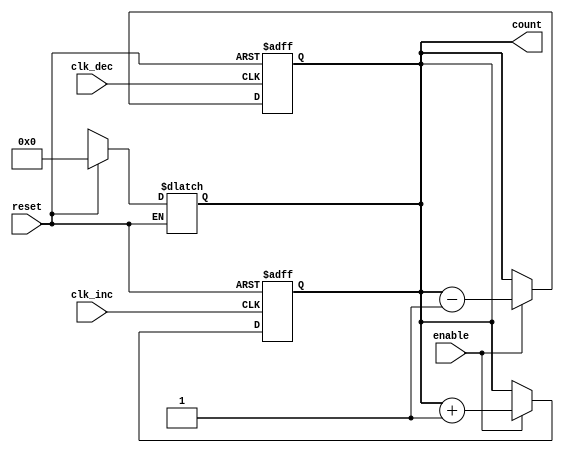
module async_counter #(
    parameter WIDTH = 4 // Define the width of the counter (e.g., 2, 4, 8)
) (
    input wire clk_inc,        // Asynchronous Increment clock signal
    input wire clk_dec,        // Asynchronous Decrement clock signal
    input wire reset,          // Asynchronous Reset signal
    input wire enable,         // Enable signal to increment or decrement
    output reg [WIDTH-1:0] count // Current count value output
);
    
    // Asynchronous Reset Logic
    always @* begin
        if (reset) begin
            count = {WIDTH{1'b0}}; // Reset count to 0
        end else if (enable) begin
            count = count; // Retain current count unless increment/decrement occurs
        end
    end
    
    // Increment Logic
    always @(posedge clk_inc or posedge reset) begin
        if (reset) begin
            count <= {WIDTH{1'b0}}; // Reset count to 0
        end else if (enable) begin
            count <= count + 1'b1; // Increment count
        end
    end
    
    // Decrement Logic
    always @(posedge clk_dec or posedge reset) begin
        if (reset) begin
            count <= {WIDTH{1'b0}}; // Reset count to 0
        end else if (enable) begin
            count <= count - 1'b1; // Decrement count
        end
    end

endmodule